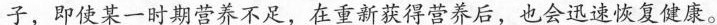
子，即使某一时期营养不足，在重新获得营养后，也会迅速恢复健康。